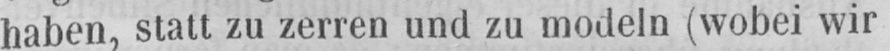
haben, statt zu zerren und zu modeln (wobei wir